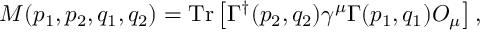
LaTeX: M ( p _ { 1 } , p _ { 2 } , q _ { 1 } , q _ { 2 } ) = \mathrm { T r } \left[ \Gamma ^ { \dagger } ( p _ { 2 } , q _ { 2 } ) \gamma ^ { \mu } \Gamma ( p _ { 1 } , q _ { 1 } ) \cal { O } _ { \mu } \right] ,